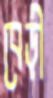
বেড়ী